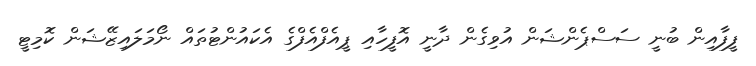
ފީފާއިން ބުނީ ސަސްޕެންޝަން އުވިގެން ދާނީ އޮފީހާއި ޕީއެފްއެފްގެ އެކައުންޓުތައް ނޯމަލައިޒޭޝަން ކޮމިޓީ